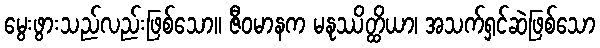
မွေးဖွားသည်လည်းဖြစ်သော။ ဇီဝမာနက မနုဿိတ္ထိယာ၊ အသက်ရှင်ဆဲဖြစ်သော